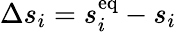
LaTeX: \Delta s_{i}=s_{i}^{\mathrm{eq}}-s_{i}